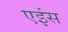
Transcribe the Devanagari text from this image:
एइंस